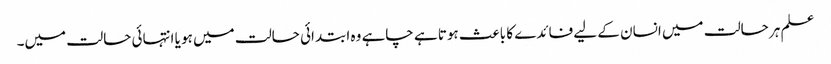
علم ہر حالت میں انسان کے لیے فائدے کا باعث ہوتا ہے چاہے وہ ابتدائی حالت میں ہو یا انتہائی حالت میں۔